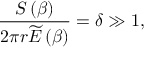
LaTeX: \frac { S \left( \beta \right) } { 2 \pi r \widetilde { E } \left( \beta \right) } = \delta \gg 1 ,